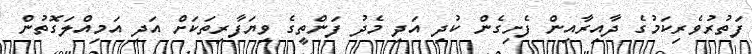
ފަތުރުވެރިކަމުގެ ދާއިރާއިން ފެށިގެން ކުދި އަދި މެދު ފަންތީގެ ވިޔަފާރިތަކަށް އަދި އަމިއްލަގޮތުން